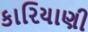
કારિયાણી